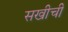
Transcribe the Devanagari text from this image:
सखीची